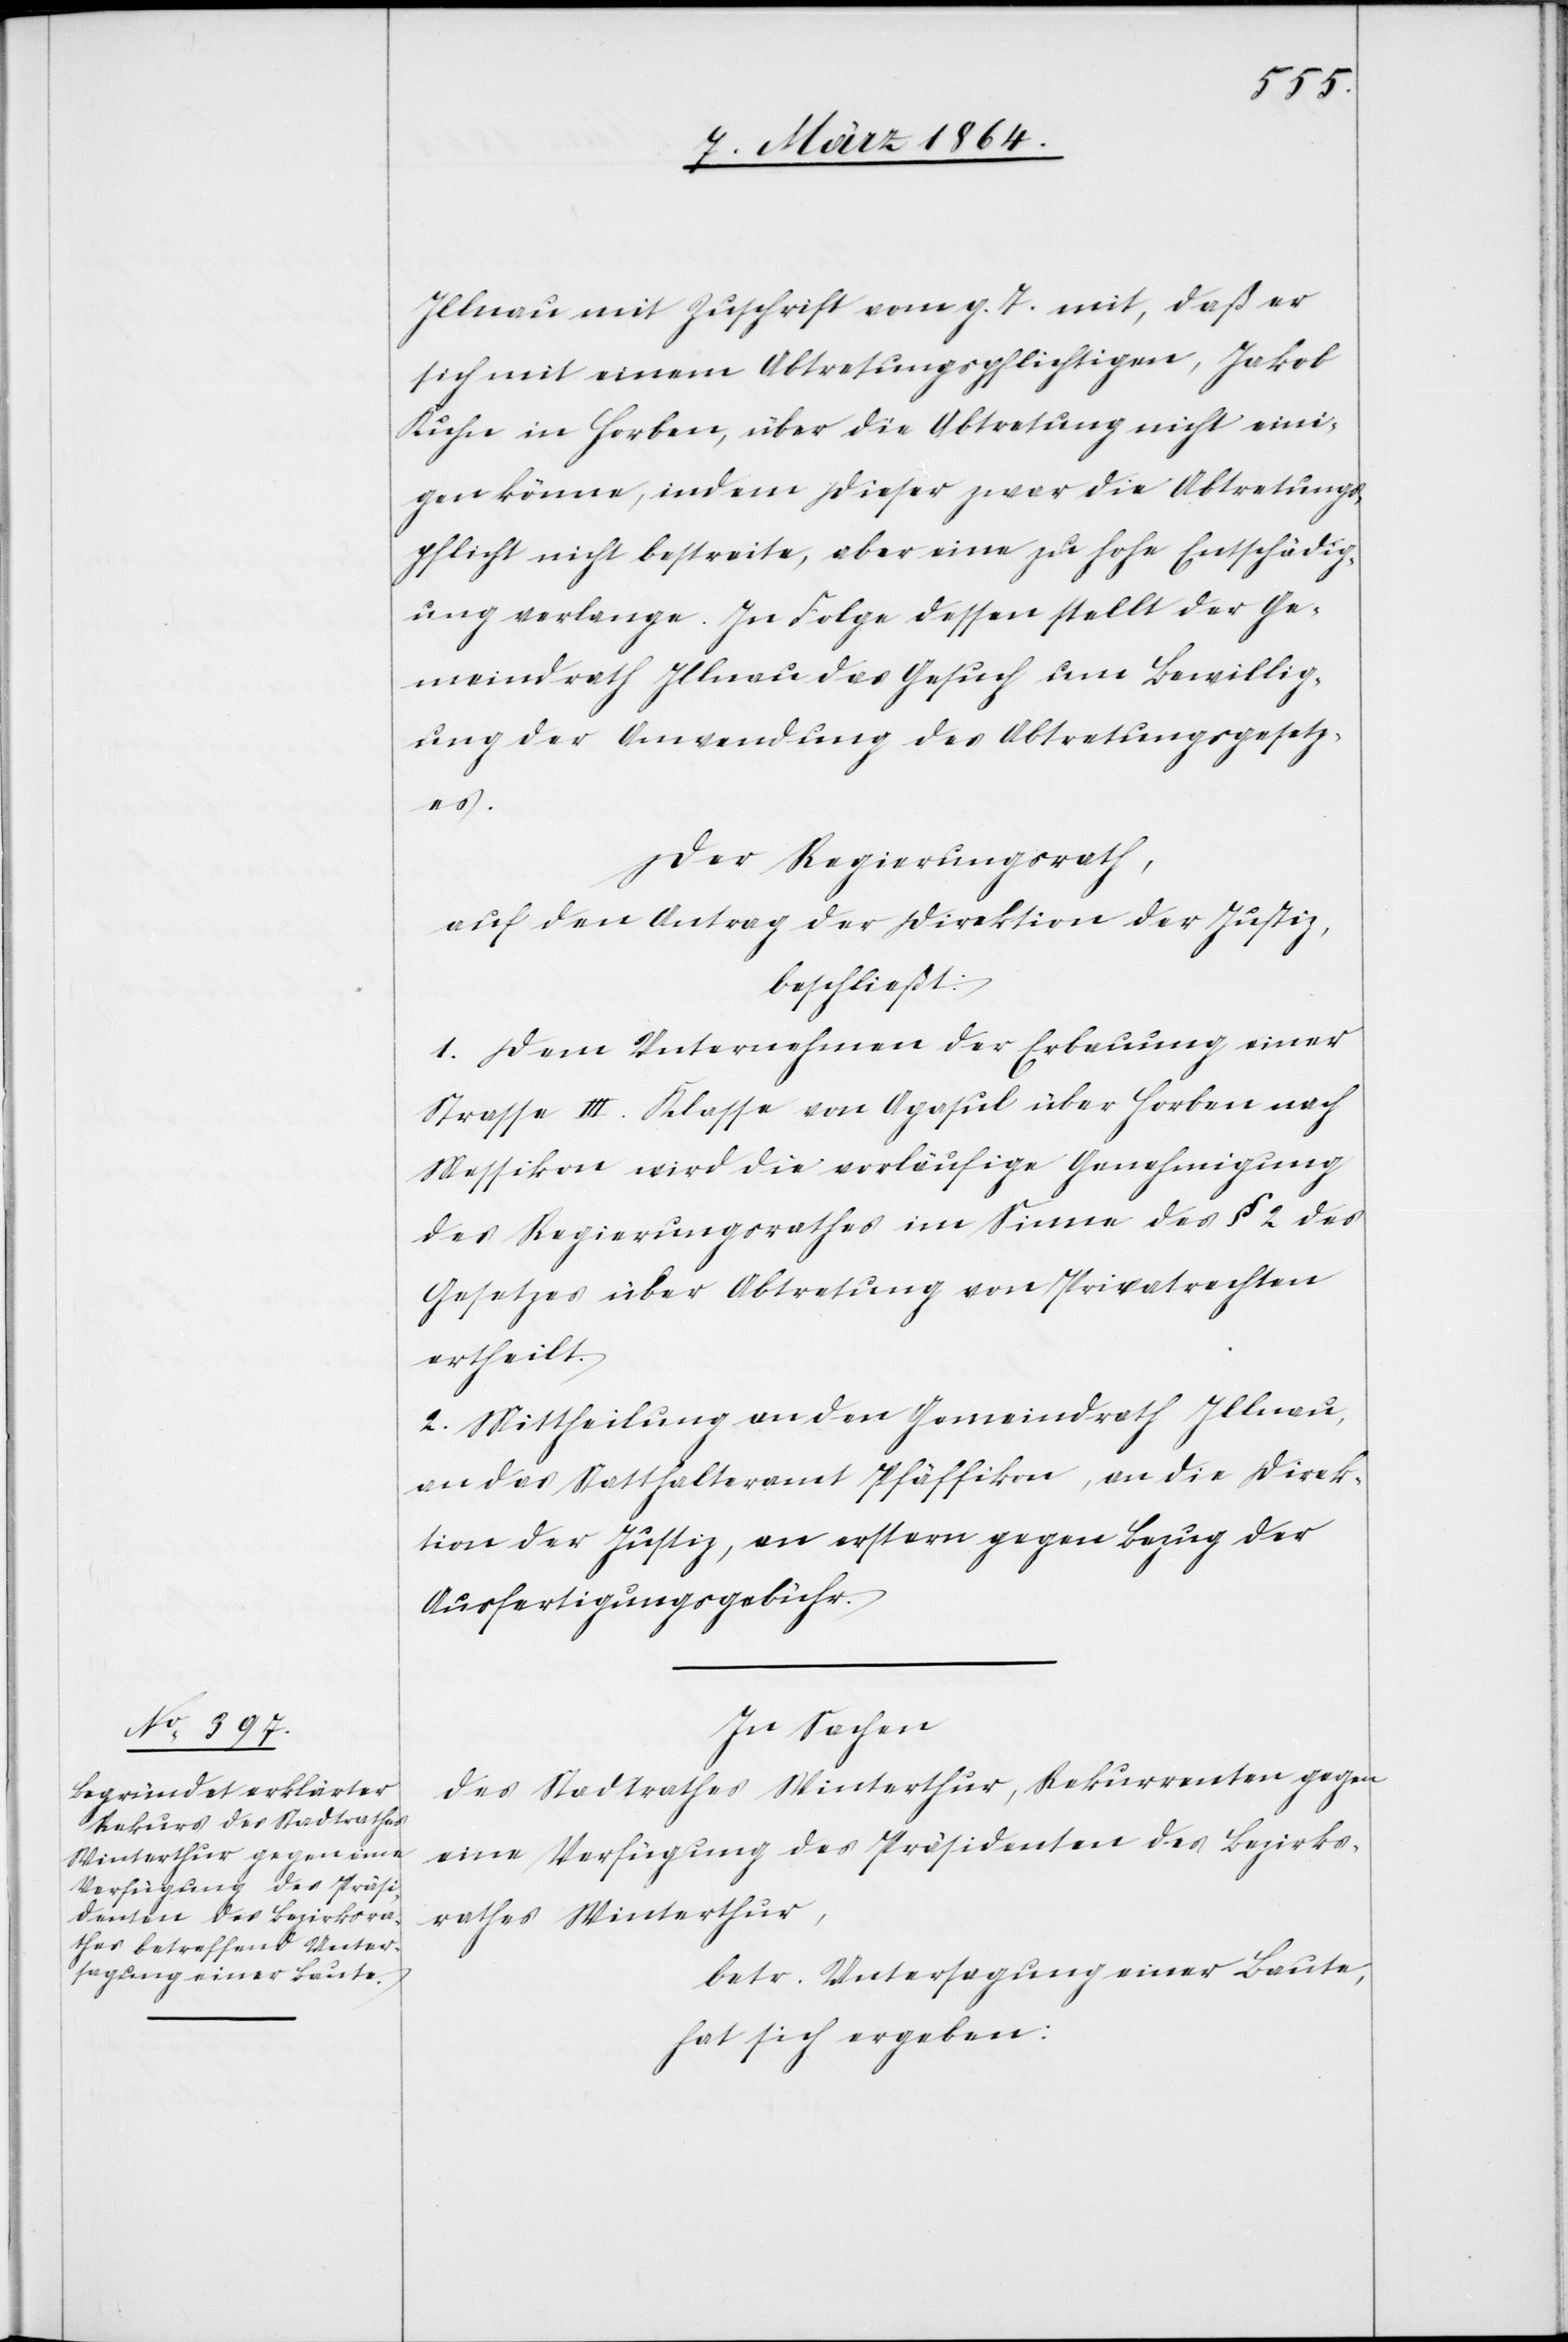
Illnau mit Zuschrift vom g. T. mit, daß er
sich mit einem Abtretungspflichtigen, Jakob
Kuhn in Horben, über die Abtretung nicht eini¬
gen könne, indem dieser zwar die Abtretungs¬
pflicht nicht bestreite, aber eine zu hohe Entschädig¬
ung verlange. In Folge dessen stellt der Ge¬
meindrath Illnau das Gesuch um Bewillig¬
ung der Anwendung des Abtretungsgesetz¬
es.
Der Regierungsrath,
auf den Antrag der Direktion der Justiz,
beschließt:
1. Dem Unternehmen der Erbauung einer
Strasse III. Klasse von Agasul über Horben nach
Messikon wird die vorläufige Genehmigung
des Regierungsrathes im Sinne des § 2 des
Gesetzes über Abtretung von Privatrechten
ertheilt.
2. Mittheilung an den Gemeindrath Illnau,
an das Statthalteramt Pfäffikon, an die Direk¬
tion der Justiz, an erstern gegen Bezug der
Ausfertigungsgebühr.
In Sachen
des Stadtrathes Winterthur, Rekurrenten gegen
eine Verfügung des Präsidenten des Bezirks¬
rathes Winterthur,
betr. Untersagung einer Baute
hat sich ergeben: